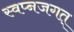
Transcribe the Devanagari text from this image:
स्वप्नजगत्‌